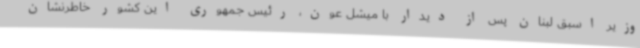
وزیر اسبق لبنان پس از دیدار با میشل عون، رئیس جمهوری این کشور خاطرنشان